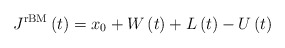
\begin{align*}J^{\mathrm{rBM}} \left( t \right) = x_{0} + W \left( t \right) + L \left( t \right) - U \left ( t \right)\end{align*}